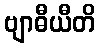
ဗျာဓီယီတိ